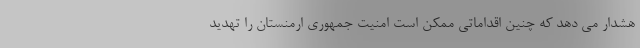
هشدار می دهد که چنین اقداماتی ممکن است امنیت جمهوری ارمنستان را تهدید